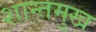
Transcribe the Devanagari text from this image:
शान्तमुख